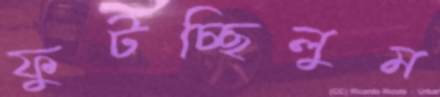
ফুটচ্ছিলুম